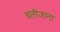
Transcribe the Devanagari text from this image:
चलीजाना